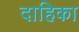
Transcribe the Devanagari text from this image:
दाहिका